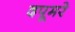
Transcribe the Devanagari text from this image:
दपूमरे